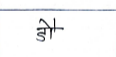
मजकूर: डौ